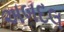
અબદલ